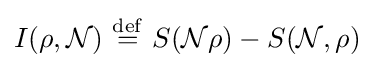
I(\rho ,{\mathcal {N}})\ {\stackrel {\mathrm {def} }{=}}\ S({\mathcal {N}}\rho )-S({\mathcal {N}},\rho )